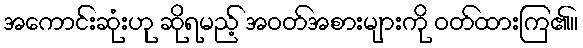
အကောင်းဆုံးဟု ဆိုရမည့် အဝတ်အစားများကို ဝတ်ထားကြ၏။